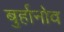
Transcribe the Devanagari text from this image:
बुर्हानोव